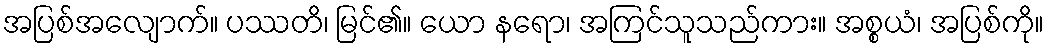
အပြစ်အလျောက်။ ပဿတိ၊ မြင်၏။ ယော နရော၊ အကြင်သူသည်ကား။ အစ္စယံ၊ အပြစ်ကို။